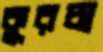
কুরচা